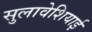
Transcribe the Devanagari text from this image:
सुलावेशियाई